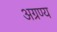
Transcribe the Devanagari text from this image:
अग्रण्य